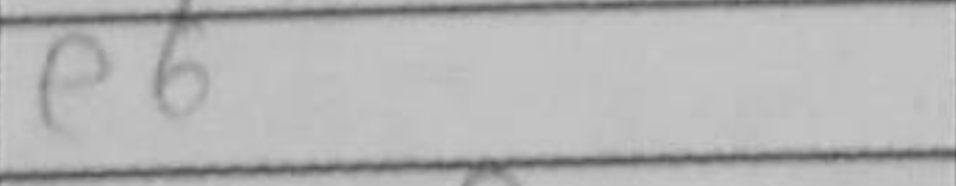
Transcription: e6